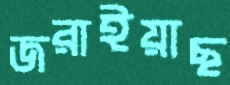
জরাইয়াছ